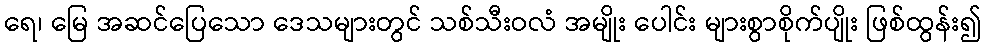
ရေ၊ မြေ အဆင်ပြေသော ဒေသများတွင် သစ်သီးဝလံ အမျိုး ပေါင်း များစွာစိုက်ပျိုး ဖြစ်ထွန်း၍